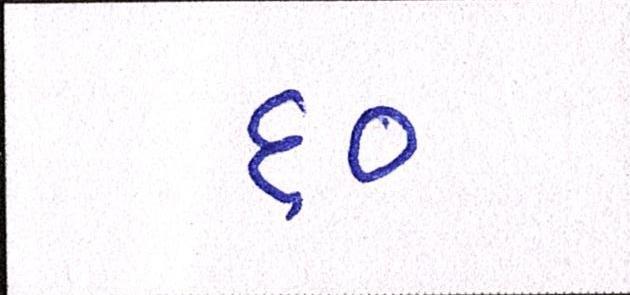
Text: ૬૦